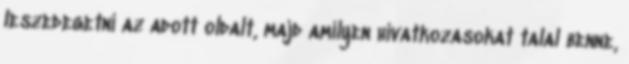
leszedegetni az adott oldalt, majd amilyen hivatkozasokat talal benne,